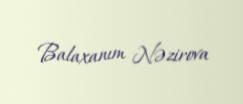
Balaxanım Nəzirova